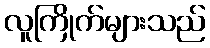
လူကြိုက်များသည်